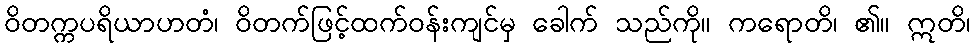
ဝိတက္ကပရိယာဟတံ၊ ဝိတက်ဖြင့်ထက်ဝန်းကျင်မှ ခေါက် သည်ကို။ ကရောတိ၊ ၏။ ဣတိ၊